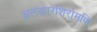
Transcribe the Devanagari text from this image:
अलंकारशिरोमणि